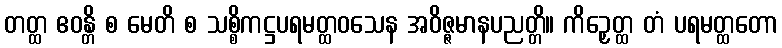
တတ္ထ ဧဝန္တိ စ မေတိ စ သစ္စိကဋ္ဌပရမတ္ထဝသေန အဝိဇ္ဇမာနပညတ္တိ။ ကိဉှေတ္ထ တံ ပရမတ္ထတော